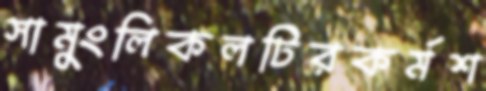
সামুংলিকলটিরকর্মশ